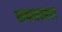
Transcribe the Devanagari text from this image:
कड्यावरचा